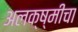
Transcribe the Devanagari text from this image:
अलक्ष्मीचा